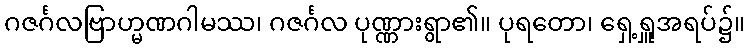
ဂဇင်္ဂလဗြာဟ္မဏဂါမဿ၊ ဂဇင်္ဂလ ပုဏ္ဏားရွာ၏။ ပုရတော၊ ရှေ့ရှူအရပ်၌။